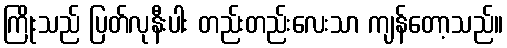
ကြိုးသည် ပြတ်လုနီးပါး တည်းတည်းလေးသာ ကျန်တော့သည်။